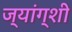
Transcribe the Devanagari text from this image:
ज्यांग्शी